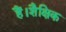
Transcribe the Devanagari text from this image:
हैं।शैक्षिक